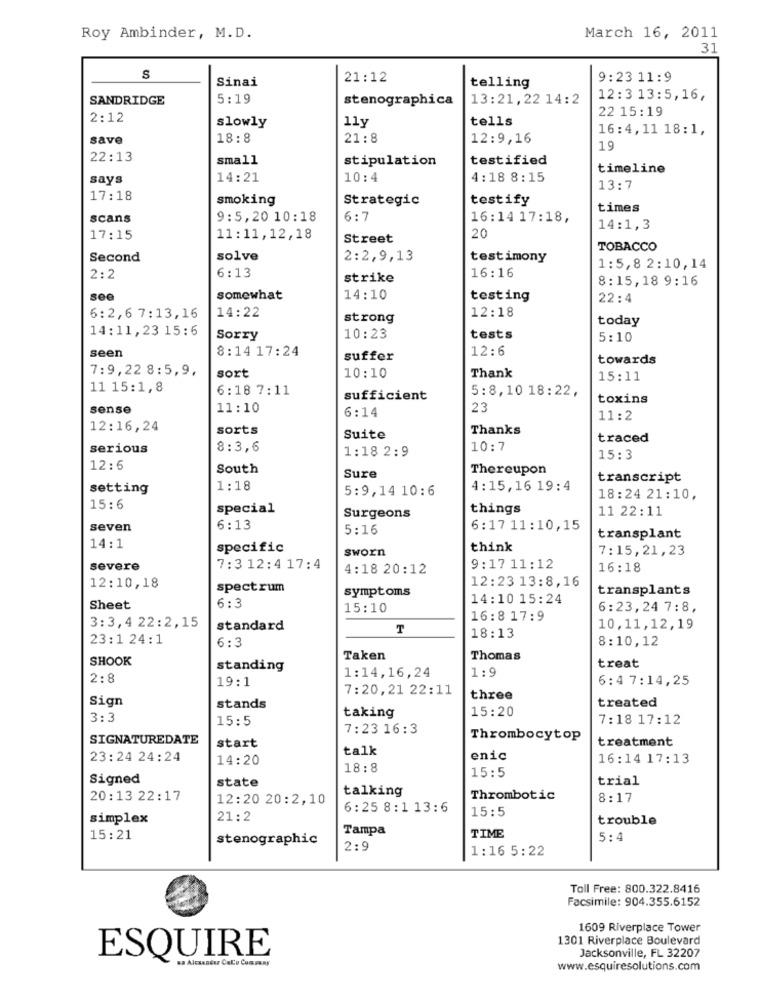
Roy Ambinder, M.D.
March 16, 2011
31
S
Sinai
21:12
telling
9:23 11:9
SANDRIDGE
5:19
stenographica
13:21,22 14:2
12:3 13:5,16,
22 15:19
2:12
slowly
11y
tells
16:4, 11 18:1,
save
18:8
21:8
12:9,16
19
22:13
small
stipulation
testified
timeline
says
14:21
10:4
4:18 8:15
13:7
17:18
smoking
Strategic
testify
times
scans
9:5,20 10:18
6:7
16:14 17:18,
20
14:1,3
17:15
11:11,12,18
Street
TOBACCO
Second
solve
2:2,9,13
testimony
6:13
1:5,8 2:10,14
2:2
strike
16:16
8:15,18 9:16
see
somewhat
14:10
testing
22:4
12:18
6:2,6 7:13,16
14:22
strong
today
14:11,23 15:6
Sorry
10:23
tests
5:10
seen
8:14 17:24
12:6
suffer
towards
7:9,22 8:5,9,
sort
Thank
10:10
15:11
11 15:1,8
6:18 7:11
5:8,10 18:22,
sufficient
toxins
sense
11:10
6:14
23
11:2
12:16,24
sorts
Thanks
Suite
traced
serious
8:3,6
1:18 2:9
10:7
15:3
12:6
South
Thereupon
Sure
transcript
setting
1:18
5:9,14 10:6
4:15,16 19:4
18:24 21:10,
15:6
special
things
11 22:11
Surgeons
seven
6:13
5:16
6:17 11:10,15
14:1
transplant
specific
sworn
think
7:15,21,23
severe
7:3 12:4 17:4
4:18 20:12
9:17 11:12
16:18
12:10,18
spectrum
symptoms
12:23 13:8,16
transplants
6 :3
14:10 15:24
Sheet
15:10
6:23,24 7:8,
3:3,4 22:2,15
16:8 17:9
standard
T
10,11,12,19
23:1 24 :1
6:3
18:13
8:10,12
SHOOK
Taken
Thomas
standing
1:14,16,24
1:9
treat
2:8
19:1
6:4 7:14,25
7:20,21 22:11
Sign
three
stands
15:20
treated
3:3
15:5
taking
7:18 17:12
7: 23 16 :3
SIGNATUREDATE
start
Thrombocytop
treatment
talk
23:24 24:24
14:20
enic
16:14 17:13
18:8
15:5
Signed
state
trial
talking
20:13 22:17
12:20 20:2,10
Thrombotic
8:17
6:25 8:1 13:6
15:5
simplex
21:2
trouble
Tampa
15:21
stenographic
TIME
5:4
2:9
1:16 5:22
Toll Free: 800.322.8416
Facsimile: 904.355.6152
1609 Riverplace Tower
1301 Riverplace Boulevard
Jacksonville, FL 32207
ESQUIRE
sa Alcaander Calo Company
www.esquiresolutions.com